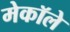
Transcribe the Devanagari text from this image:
मेकॉले